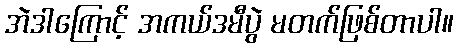
အဲဒါကြောင့် အကယ်ဒမီပွဲ မတက်ဖြစ်တာပါ။